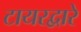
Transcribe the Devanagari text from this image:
टायरद्वारे